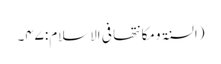
(السنۃ ومکانتھا فی الاسلام:۴۷۔